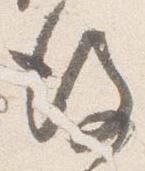
後